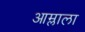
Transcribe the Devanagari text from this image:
आम्लाला